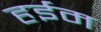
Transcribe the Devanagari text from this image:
हईम